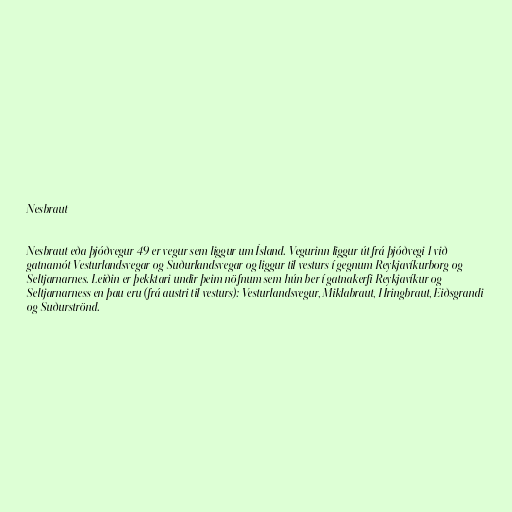
Nesbraut

Nesbraut eða þjóðvegur 49 er vegur sem liggur um Ísland. Vegurinn liggur út frá þjóðvegi 1 við
gatnamót Vesturlandsvegar og Suðurlandsvegar og liggur til vesturs í gegnum Reykjavíkurborg og
Seltjarnarnes. Leiðin er þekktari undir þeim nöfnum sem hún ber í gatnakerfi Reykjavíkur og
Seltjarnarness en þau eru (frá austri til vesturs): Vesturlandsvegur, Miklabraut, Hringbraut, Eiðsgrandi
og Suðurströnd.